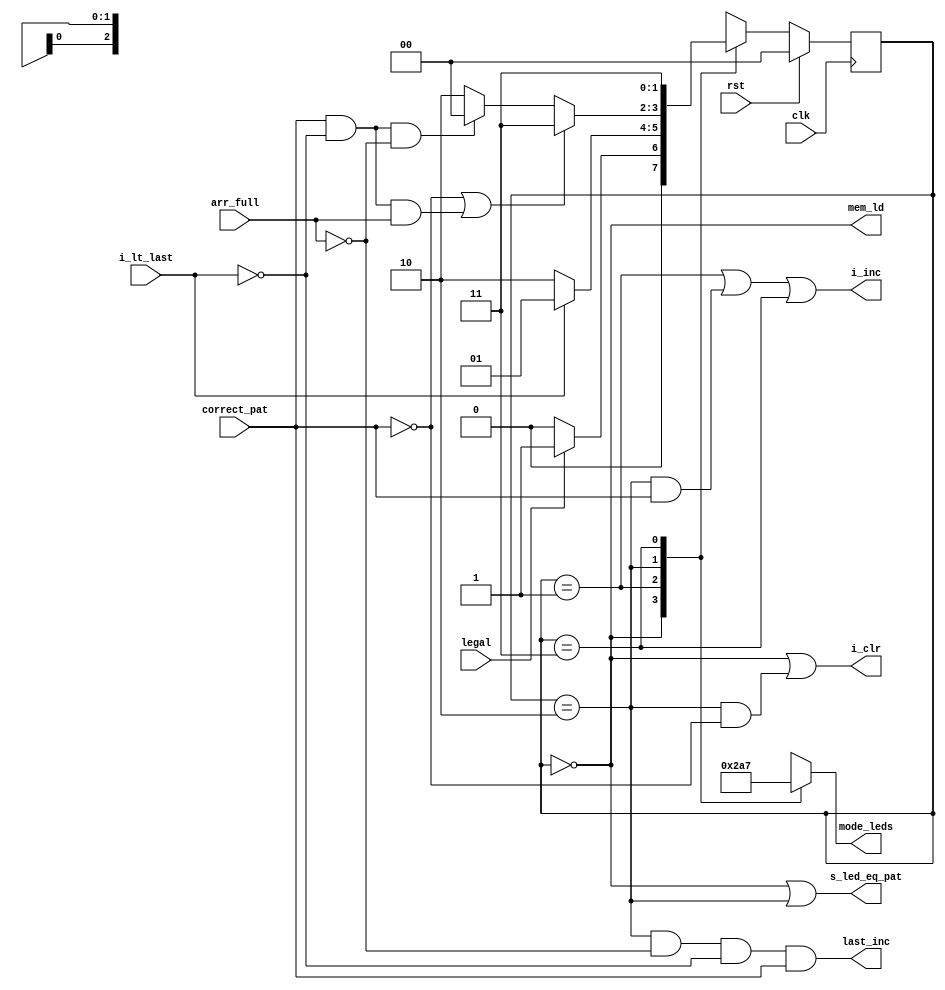
//==============================================================================
// Control Module for Simon Project
//==============================================================================
 
module SimonControl(
   // External Inputs
   input        clk,           // Clock
   input        rst,           // Reset
 
   // Datapath Inputs
   input      i_lt_last,     // i < last
   input      arr_full,      // All 64 address in the register file are used
   input      correct_pat,   // High when correct pattern on pattern switches
   input      legal,         // A legal pattern reflected on pattern
 
   // Datapath Control Outputs
   output        last_inc,      // Increment last register when high
   output        i_inc,         // Increment i register when high
   output        i_clr,         // Clear i register when high
   output        mem_ld,        // Load memory when high
   output        s_led_eq_pat,  // When high, pattern_leds reflect what is on pattern
 
   // External Outputs
   output reg [2:0] mode_leds // Led shows what state you are in.
 
);
 
   // Declare Local Vars Here
   reg [1:0] state;
   reg [1:0] next_state;
 
   // LED Light Parameters
   localparam LED_MODE_INPUT    = 3'b001;
   localparam LED_MODE_PLAYBACK = 3'b010;
   localparam LED_MODE_REPEAT   = 3'b100;
   localparam LED_MODE_DONE     = 3'b111;
 
   // Declare State Names Here
   localparam STATE_INPUT       = 2'd0;
   localparam STATE_PLAYBACK    = 2'd1;
   localparam STATE_REPEAT      = 2'd2;
   localparam STATE_DONE        = 2'd3;
 
   // Output Combinational Logic
   always @( * ) begin
       // Set defaults
    mode_leds = 3'b000;
 
    // Handle mode leds.
    case (state) 
        STATE_INPUT: begin 
        mode_leds = LED_MODE_INPUT; 
        end 
        STATE_PLAYBACK: begin 
        mode_leds = LED_MODE_PLAYBACK; 
        end
        STATE_REPEAT: begin 
        mode_leds = LED_MODE_REPEAT; 
        end
        STATE_DONE: begin 
        mode_leds =LED_MODE_DONE; 
        end
        endcase
   end
 
   assign last_inc = (state==STATE_REPEAT) && !(arr_full) && !(i_lt_last) && (correct_pat); 
   assign i_inc = (state==STATE_PLAYBACK) || ((state==STATE_REPEAT)&&(correct_pat)) || (state==STATE_DONE);
   assign i_clr = (state==STATE_INPUT) || ((state==STATE_REPEAT) && !(correct_pat));
   assign mem_ld = (state==STATE_INPUT);
   assign s_led_eq_pat = (state==STATE_INPUT)|| (state== STATE_REPEAT);
 
   // Next State Combinational Logic
   always @( * ) begin
       next_state = state; 
 
    case (state) 
        STATE_INPUT: begin 
            if (legal) begin
            next_state = STATE_PLAYBACK;
            end 
            else begin
            next_state = STATE_INPUT;
            end 
        end
        
        STATE_PLAYBACK: begin 
            if (!i_lt_last) begin
                next_state = STATE_REPEAT;
            end
            else begin
                next_state = STATE_PLAYBACK;
            end
        end
 
        STATE_REPEAT: begin 
            if ((!correct_pat) || (correct_pat && !i_lt_last && arr_full)) begin
                next_state = STATE_DONE; 
            end
            else if (correct_pat && !i_lt_last && !arr_full) begin
                next_state = STATE_INPUT;
            end
            else begin
                next_state = STATE_REPEAT;
            end

        end
 
        STATE_DONE: begin
        next_state = STATE_DONE; 
        end 
        
endcase
 
   end
 
   // State Update Sequential Logic
   always @(posedge clk) begin
       if (rst) begin
           // Update state to reset state
           state <= STATE_INPUT;
       end
       else begin
           // Update state to next state
           state <= next_state;
       end
   end
 
endmodule